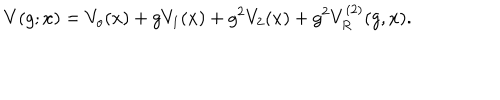
V ( g ; x ) = V _ { o } ( x ) + g V _ { 1 } ( x ) + g ^ { 2 } V _ { 2 } ( x ) + g ^ { 2 } V _ { R } ^ { ( 2 ) } ( g , x ) .